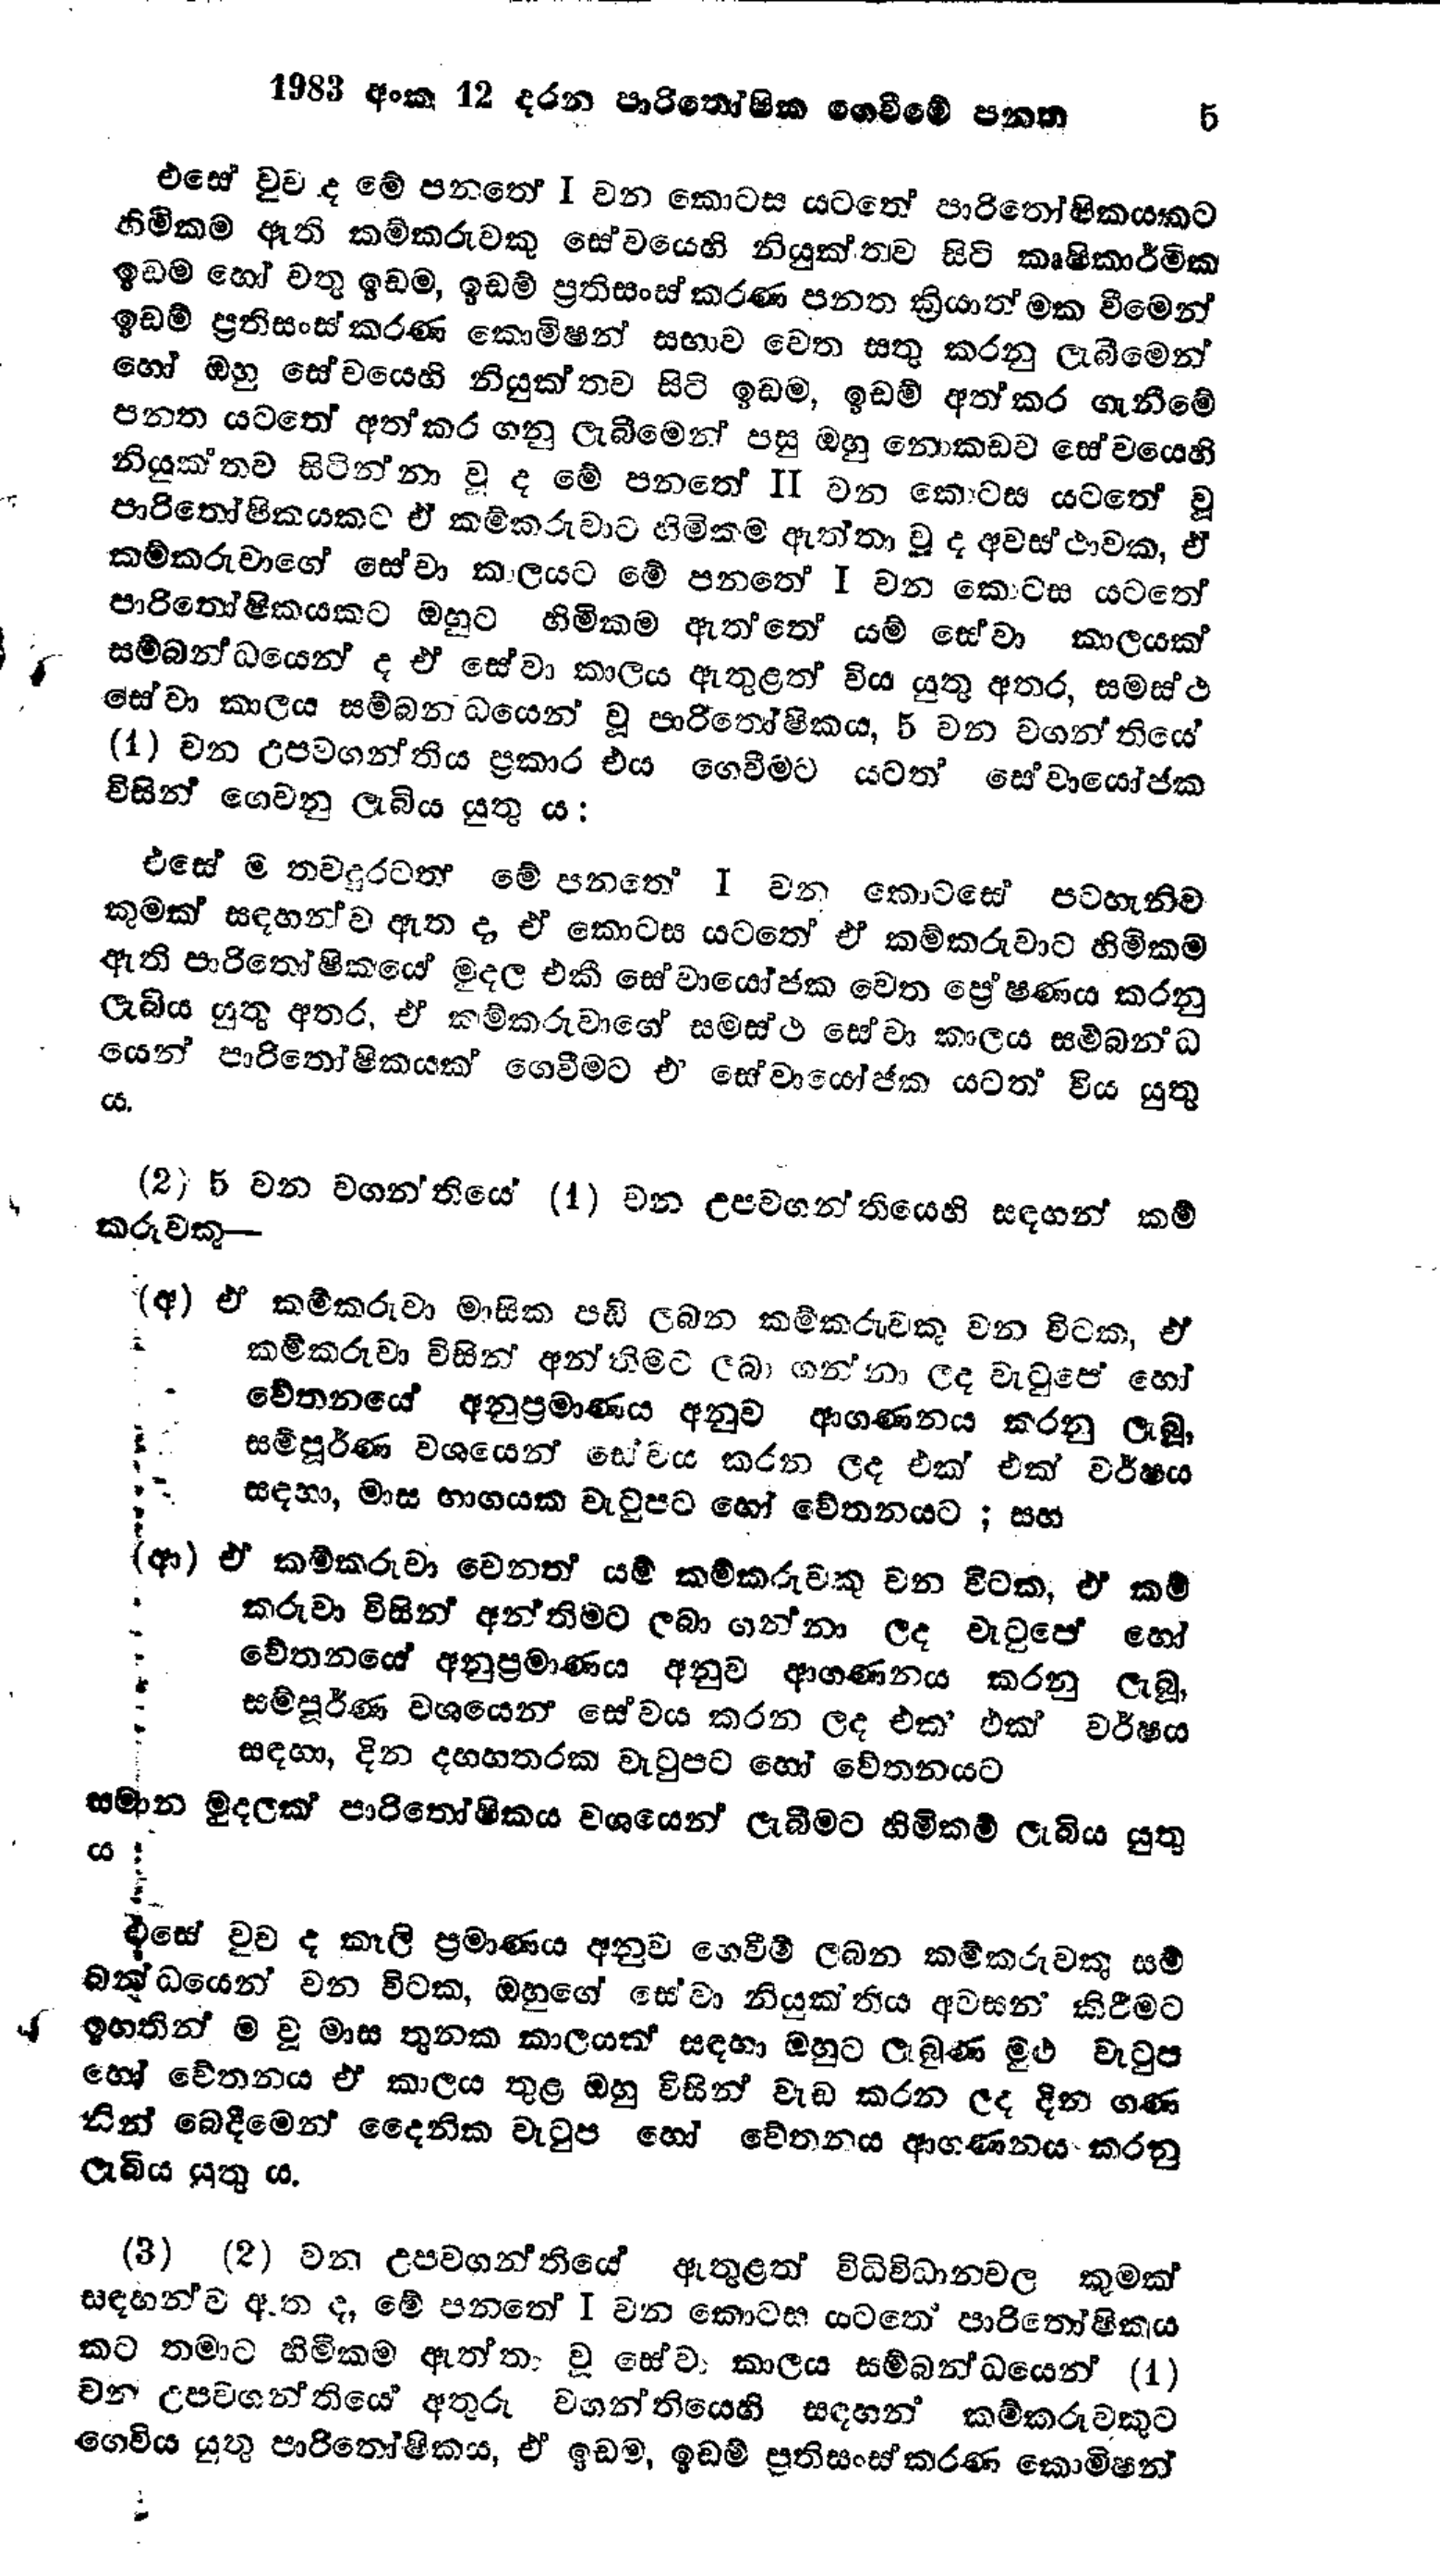
1983 අංක 12 දරන පාරිතෝෂික ගෙවීමේ පනත 5

එසේ වුව ද මේ පනතේ I වන කොටස යටතේ පාරිතෝෂිකයකට
හිමිකම ඇති කම්කරුවකු සේවයෙහි නියුක්තව සිටි කෘෂිකාර්මික
ඉඩම හෝ වතු ඉඩම, ඉඩම් ප්‍රතිසංස් කරණ පනත ක්‍රියාත්මක වීමෙන්
ඉඩම් ප්‍රතිසංස්කරණ කොමිෂන් සභාව වෙත සතු කරනු ලැබීමෙන්
හෝ ඔහු සේවයෙහි නියුක්තව සිටි ඉඩම, ඉඩම් අත්කර ගැනීමේ
පනත යටතේ අත්කර ගනු ලැබීමෙන් පසු ඔහු නොකඩව සේවයෙහි
නියුක්තව සිටින්නා වූ ද මේ පනතේ II වන කොටස යටතේ වූ
පාරිතෝෂිකයකට ඒ කම්කරුවාට හිමිකම ඇත්තා වූ ද අවස්ථාවක, ඒ
කම්කරුවාගේ සේවා කාලයට මේ පනතේ I වන කොටස යටතේ
පාරිතෝෂිකයකට ඔහුට හිමිකම ඇත්තේ යම් සේවා කාලයක්
සම්බන්ධයෙන් ද ඒ සේවා කාලය ඇතුළත් විය යුතු අතර, සමස්ථ
සේවා කාලය සම්බන්ධයෙන් වූ පාරිතෝෂිකය, 5 වන වගන්තියේ
(1) වන උපවගන්තිය ප්‍රකාර එය ගෙවීමට යටත් සේවායෝජක
විසින් ගෙවනු ලැබිය යුතු ය:

එසේ ම තවදුරටත් මේ පනතේ I වන කොටසේ පටහැනිව
කුමක් සඳහන්ව ඇත ද, ඒ කොටස යටතේ ඒ කම්කරුවාට හිමිකම්
ඇති පාරිතෝෂිකයේ මුදල එකී සේවායෝජක වෙත ප්‍රේෂණය කරනු
ලැබිය යුතු අතර, ඒ කම්කරුවාගේ සමස්ථ සේවා කාලය සම්බන්ධ
යෙන් පාරිතෝෂිකයක් ගෙවීමට ඒ සේවායෝජක යටත් විය යුතු
ය.

(2) 5 වන වගන්තියේ (1) වන උපවගන්තියෙහි සඳහන් කම්
කරුවකු-

(අ) ඒ කම්කරුවා මාසික පඩි ලබන කම්කරුවකු වන විටක, ඒ
කම්කරුවා විසින් අන්තිමට ලබා ගන්නා ලද වැටුපේ හෝ
චේතනයේ අනුප්‍රමාණය අනුව ආගණනය කරනු ලැබූ,
සම්පූර්ණ වශයෙන් සේවය කරන ලද එක් එක් වර්ෂය
සඳහා, මාස භාගයක වැටුපට හෝ චේතනයට ; සහ

(ආ) ඒ කම්කරුවා වෙනත් යම් කම්කරුවකු වන විටක, ඒ කම්
කරුවා විසින් අන්තිමට ලබා ගන්නා ලද වැටුපේ හෝ
චේතනයේ අනුප්‍රමාණය අනුව ආගණනය කරනු ලැබූ,
සම්පූර්ණ වශයෙන් සේවය කරන ලද එක‍් එක් වර්ෂය
සඳහා, දින දහහතරක වැටුපට හෝ වේතනයට

සමාන මුදලක් පාරිතෝෂිකය වශයෙන් ලැබීමට හිමිකම් ලැබිය යුතු
‍ය

එසේ වුව ද කෑලි ප්‍රමාණය අනුව ගෙවීම් ලබන කම්කරුවකු සම්
බන්ධයෙන් වන විටක, ඔහුගේ සේවා නියුක්තිය අවසන් කිරීමට
ඉහතින් ම වූ මාස තුනක කාලයක් සඳහා ඔහුට ලැබුණ මුළු වැටුප
හෝ වේතනය ඒ කාලය තුළ ඔහු විසින් වැඩ කරන ලද දින ගණ
නින් බෙදීමෙන් දෛනික වැටුප හෝ චේතනය ආගණනය කරනු
ලැබිය යුතු ය.

(3) (2) වන උපවගන්තියේ ඇතුළත් විධිවිධානවල කුමක්
සඳහන්ව ඇත ද, මේ පනතේ I වන කොටස යටතේ පාරිතෝෂිකය
කට තමාට හිමිකම ඇ‍ත්තා වූ සේවා කාලය සම්බන්ධයෙන් (1)
වන උපවගන්තියෙ අතුරු වගන්තියෙහි සඳහන් කම්කරුවකුට
ගෙවිය යුතු පාරිතෝෂිකය, ඒ ඉඩම, ඉඩම් ප්‍රතිසංස්කරණ කොමිෂන්